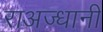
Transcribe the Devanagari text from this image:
राअज्धानी